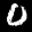
Label: 0